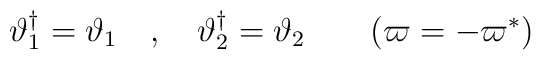
\vartheta_1^{{\dag}} =\vartheta_1 \quad , \quad \vartheta_2^{\dag} =\vartheta_2\qquad (\varpi=-\varpi^\ast)